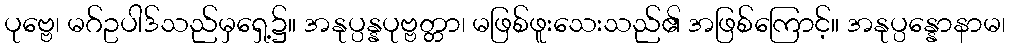
ပုဗ္ဗေ၊ မဂ်ဥပါဒ်သည်မှရှေ့၌။ အနုပ္ပန္နပုဗ္ဗတ္တာ၊ မဖြစ်ဖူးသေးသည်၏ အဖြစ်ကြောင့်။ အနုပ္ပန္နောနာမ၊